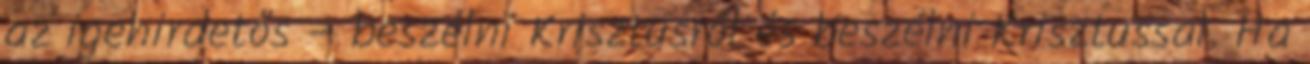
az igehirdetős – beszélni Krisztusról és beszélni Krisztussal. Ha